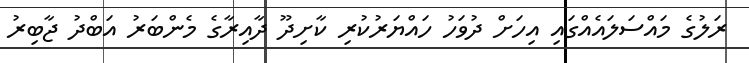
ރަލުގެ މައްސަލައެއްގައި އިހަށް ދުވަހު ހައްޔަރުކުރި ކާށިދޫ ދާއިރާގެ މެންބަރު އަބްދު ޖާބިރު